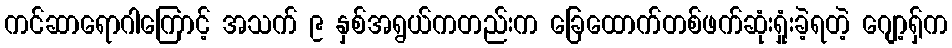
ကင်ဆာရောဂါကြောင့် အသက် ၉ နှစ်အရွယ်ကတည်းက ခြေထောက်တစ်ဖက်ဆုံးရှုံးခဲ့ရတဲ့ ဂျော့ရှ်က